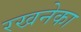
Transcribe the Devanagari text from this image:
रखनेका